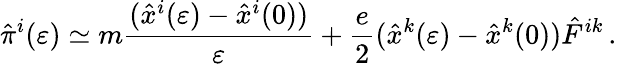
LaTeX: {\hat{\pi}}^{i}(\varepsilon)\simeq m{\frac{({\hat{x}}^{i}(\varepsilon)-{\hat{x}}^{i}(0))}{\varepsilon}}+{\frac{e}{2}}({\hat{x}}^{k}(\varepsilon)-{\hat{x}}^{k}(0)){\hat{F}}^{ik}\, .